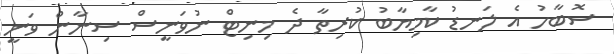
ސޮބާހު އެ ލަނޑު ކާމިޔާބު ކުރިތާ ދެ މިނިޓް ނުވަނީސް ސިނާން ވަނީ